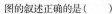
图的叙述正确的是